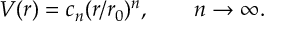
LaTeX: V ( r ) = c _ { n } ( r / r _ { 0 } ) ^ { n } , \qquad n \rightarrow \infty .